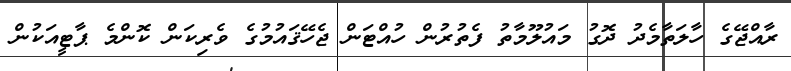
ރާއްޖޭގެ ހާލަތާމެދު ދޮގު މައުލޫމާތު ފެތުރުން ހުއްޓަން ޖެހޭޤައުމުގެ ވެރިކަން ކޮންމެ ޕާޓީއަކުން